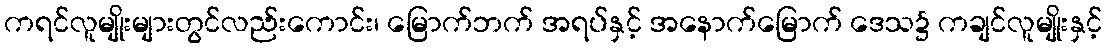
ကရင်လူမျိုးများတွင်လည်းကောင်း၊ မြောက်ဘက် အရပ်နှင့် အနောက်မြောက် ဒေသ၌ ကချင်လူမျိုးနှင့်